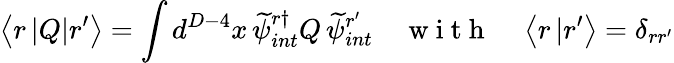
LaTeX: \left\langle r\, |Q|r^{\prime}\right\rangle=\int d^{D-4}x\, \widetilde{\psi}_{int}^{r\dagger}Q\, \widetilde{\psi}_{int}^{r^{\prime}}\quad\mathrm{~w~i~t~h~}\quad\left\langle r\, |r^{\prime}\right\rangle=\delta_{rr^{\prime}}